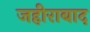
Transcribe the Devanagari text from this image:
जहीराबाद